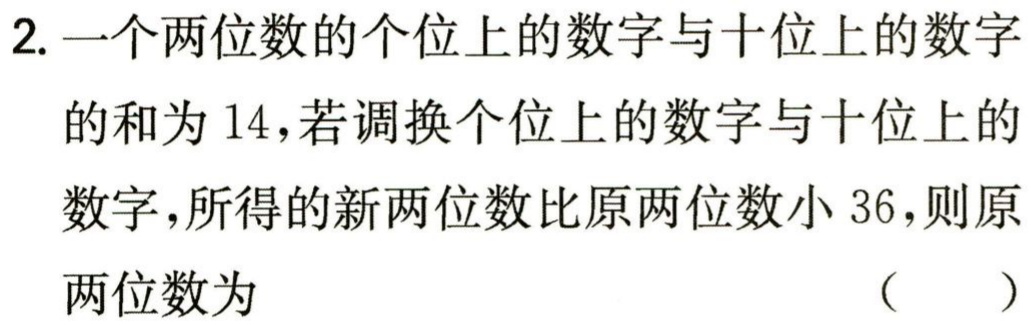
2. 一个两位数的个位上的数字与十位上的数字

的和为 14，若调换个位上的数字与十位上的

数字，所得的新两位数比原两位数小 36，则原

两位数为 （  ）